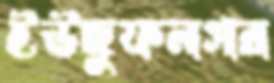
ইউছুফনগর